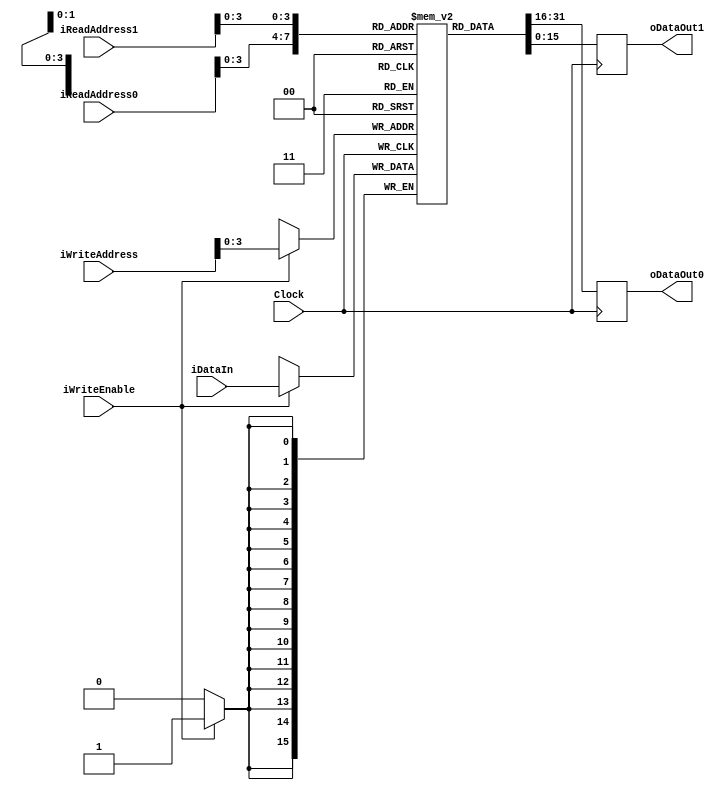
`timescale 1ns / 1ps

module RAM_DUAL_READ_PORT # ( parameter DATA_WIDTH = 16, parameter ADDR_WIDTH = 8, parameter MEM_SIZE = 8 )
       (
         input wire	Clock,
         input wire	iWriteEnable,
         input wire[ADDR_WIDTH - 1: 0]	iReadAddress0,
         input wire[ADDR_WIDTH - 1: 0]	iReadAddress1,
         input wire[ADDR_WIDTH - 1: 0]	iWriteAddress,
         input wire[DATA_WIDTH - 1: 0]	iDataIn,
         output reg [DATA_WIDTH - 1: 0] oDataOut0,
         output reg [DATA_WIDTH - 1: 0] oDataOut1
       );

reg [DATA_WIDTH - 1: 0] Ram [MEM_SIZE: 0];

always @(posedge Clock)
  begin

    if (iWriteEnable)
      Ram[iWriteAddress] <= iDataIn;


    oDataOut0 <= Ram[iReadAddress0];
    oDataOut1 <= Ram[iReadAddress1];

  end

endmodule